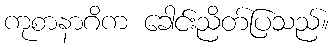
ကုစာနာဂိက ခေါင်းညိတ်ပြသည်။